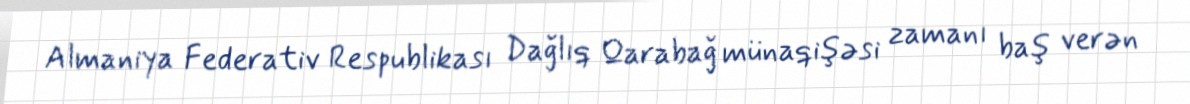
Almaniya Federativ Respublikası Dağlıq Qarabağ münaqişəsi zamanı baş verən